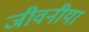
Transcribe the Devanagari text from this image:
जीवनीया